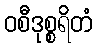
ဝစီဒုစ္စရိတံ